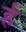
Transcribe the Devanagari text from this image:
र्ह